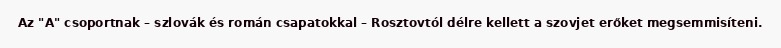
Az "A" csoportnak – szlovák és román csapatokkal – Rosztovtól délre kellett a szovjet erőket megsemmisíteni.